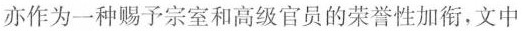
亦作为一种赐予宗室和高级官员的荣誉性加衔，文中